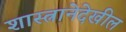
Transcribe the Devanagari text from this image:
शास्त्रानेदेखील